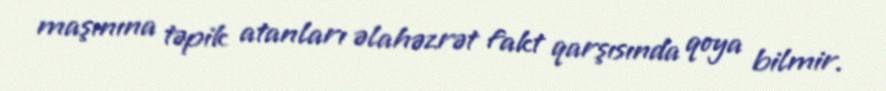
maşınına təpik atanları əlahəzrət fakt qarşısında qoya bilmir.